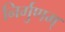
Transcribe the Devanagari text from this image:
निर्गुणम्